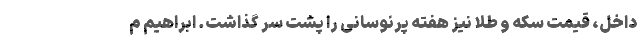
داخل، قیمت سکه و طلا نیز هفته پرنوسانی را پشت سر گذاشت. ابراهیم م